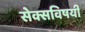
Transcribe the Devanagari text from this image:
सेक्सविषयी